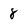
Character: 8